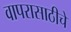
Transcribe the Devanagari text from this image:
वापरासाठीचे